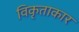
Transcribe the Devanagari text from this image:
विकृताकार